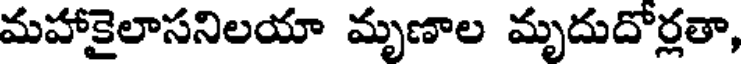
మహాకైలాసనిలయా మృణాల మృదుదోర్లతా,